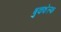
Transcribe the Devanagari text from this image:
बुकशेल्फ